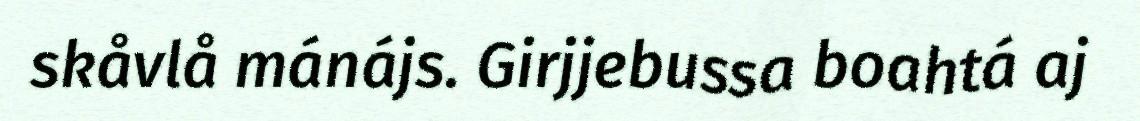
skåvlå mánájs. Girjjebussa boahtá aj